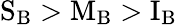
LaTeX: \mathrm{S_{B}>M_{B}>I_{B}}